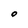
Character: O